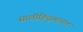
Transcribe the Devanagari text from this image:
सालीहिंदुस्थानात